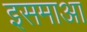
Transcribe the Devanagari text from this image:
इसमाआ